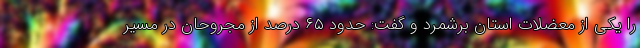
را یکی از معضلات استان برشمرد و گفت: حدود ۶۵ درصد از مجروحان در مسیر